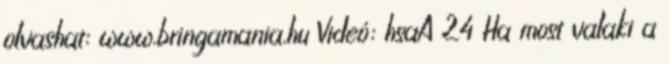
olvashat: www.bringamania.hu Videó: hsaA 24 Ha most valaki a